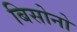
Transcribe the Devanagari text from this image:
बिसोनो